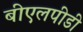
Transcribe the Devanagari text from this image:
बीएलपीडी